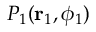
P _ { 1 } ( \mathbf { r } _ { 1 } , \phi _ { 1 } )